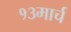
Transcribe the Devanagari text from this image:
१३मार्च